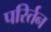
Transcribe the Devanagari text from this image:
परिर्तन